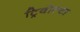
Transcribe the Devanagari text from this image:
ट्रिवोल्‍टा